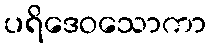
ပရိဒေဝသောကာ